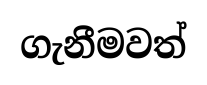
ගැනීමවත්